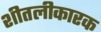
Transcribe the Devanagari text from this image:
शीतलीकारक